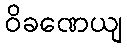
ဝိခဏေယျ